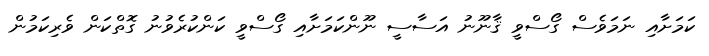
ކަމަށާއި ނަމަވެސް ގޯސްވީ ޤާނޫނު އަސާސީ ނޫންކަމަށާއި ގޯސްވީ ކަންކުރެވުނު ގޮތްކަން ވެރިކަމުން